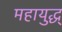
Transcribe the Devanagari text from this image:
महायुद्ध्